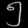
Digit: ၅